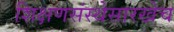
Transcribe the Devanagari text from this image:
शिक्षणसंस्थेसारखेच